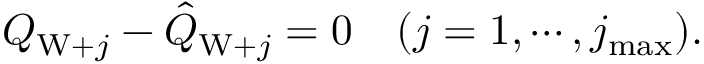
\begin{array} { r } { Q _ { \mathrm { W } + j } - \hat { Q } _ { \mathrm { W } + j } = 0 \quad ( j = 1 , \cdots , j _ { \operatorname* { m a x } } ) . } \end{array}